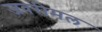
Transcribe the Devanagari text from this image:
जवरीमल